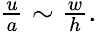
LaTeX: \begin{array}{r}{\frac{u}{a}\sim\frac{w}{h}.}\end{array}